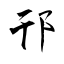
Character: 邗